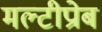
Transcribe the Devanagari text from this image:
मल्टीप्रोब